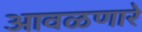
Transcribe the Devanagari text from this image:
आवळणारे